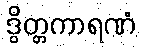
ဒွိတ္တကာရဏံ